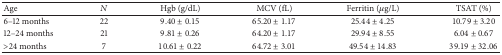
<table><thead><tr><td><b>Age</b></td><td><b><i>N</i></b></td><td><b> Hgb (g/dL)</b></td><td><b>MCV (fL)</b></td><td><b>Ferritin (<i>μ</i>g/L)</b></td><td><b>TSAT (%)</b></td></tr></thead><tbody><tr><td>6–12 months</td><td> 22</td><td>9.40 ± 0.15</td><td>65.20 ± 1.17</td><td>25.44 ± 4.25</td><td>10.79 ± 3.20</td></tr><tr><td>12–24 months</td><td> 21</td><td>9.81 ± 0.26</td><td>64.20 ± 1.17</td><td>29.94 ± 8.55</td><td>6.04 ± 0.67</td></tr><tr><td>&gt;24 months</td><td> 7</td><td>10.61 ± 0.22</td><td>64.72 ± 3.01</td><td>49.54 ± 14.83</td><td>39.19 ± 32.06</td></tr></tbody></table>